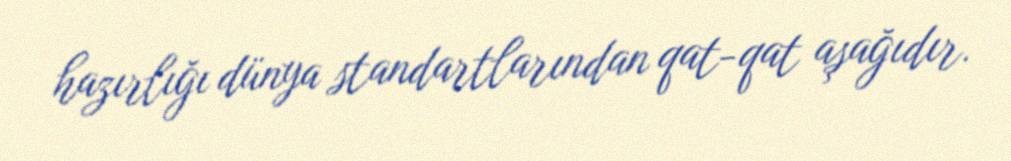
hazırlığı dünya standartlarından qat-qat aşağıdır.